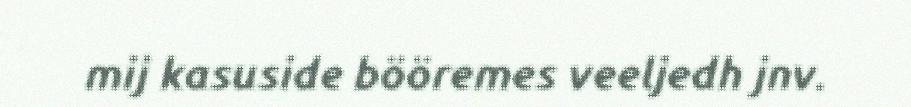
mij kasuside bööremes veeljedh jnv.